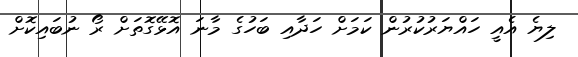
ލިޔެ އެއީ ހައްޔަރުކުރުން ކަމަށް ހަދާއި ބަހުގެ މާނަ އޮޅޭގޮތަށް ރޯ ނުބައިކޮށް